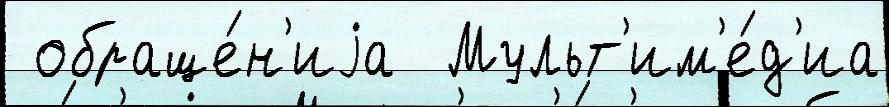
 обраще́н'иjа  Мульт'им'е́д'иа